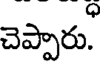
చెప్పారు.